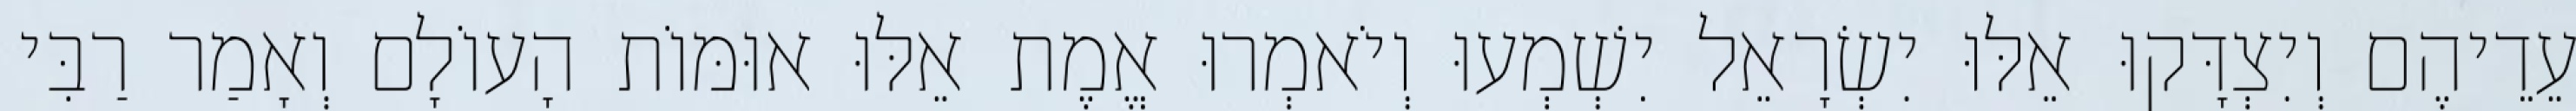
עֵדֵיהֶם וְיִצְדָּקוּ אֵלּוּ יִשְׂרָאֵל יִשְׁמְעוּ וְיֹאמְרוּ אֱמֶת אֵלּוּ אוּמּוֹת הָעוֹלָם וְאָמַר רַבִּי